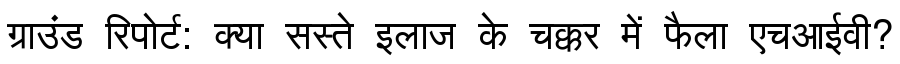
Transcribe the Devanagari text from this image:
ग्राउंड रिपोर्ट: क्या सस्ते इलाज के चक्कर में फैला एचआईवी?